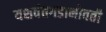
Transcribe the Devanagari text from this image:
यशवंतगडाभोवती